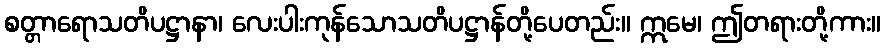
စတ္တာရောသတိပဋ္ဌာနာ၊ လေးပါးကုန်သောသတိပဋ္ဌာန်တို့ပေတည်း။ ဣမေ၊ ဤတရားတို့ကား။